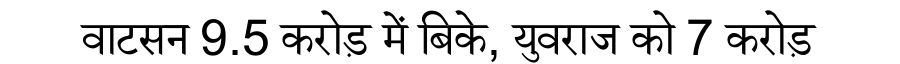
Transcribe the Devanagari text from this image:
वाटसन 9.5 करोड़ में बिके, युवराज को 7 करोड़